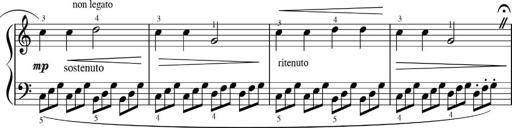
Title: Sonatinas
Composer: Andrew Violette